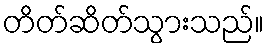
တိတ်ဆိတ်သွားသည်။